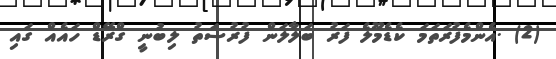
(2) .އެންމެފުރަތަމަ ކެޑެމޫލެ ފަރު ބަލާލަން ފުރުސަތު ލިބުނީ ގްރޭޑް ހައެއް ގައި